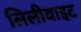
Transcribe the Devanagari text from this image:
लिलीवाइट